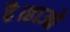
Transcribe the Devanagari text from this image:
है।हाओ